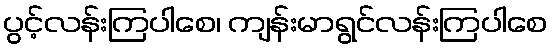
ပွင့်လန်းကြပါစေ၊ ကျန်းမာရွင်လန်းကြပါစေ